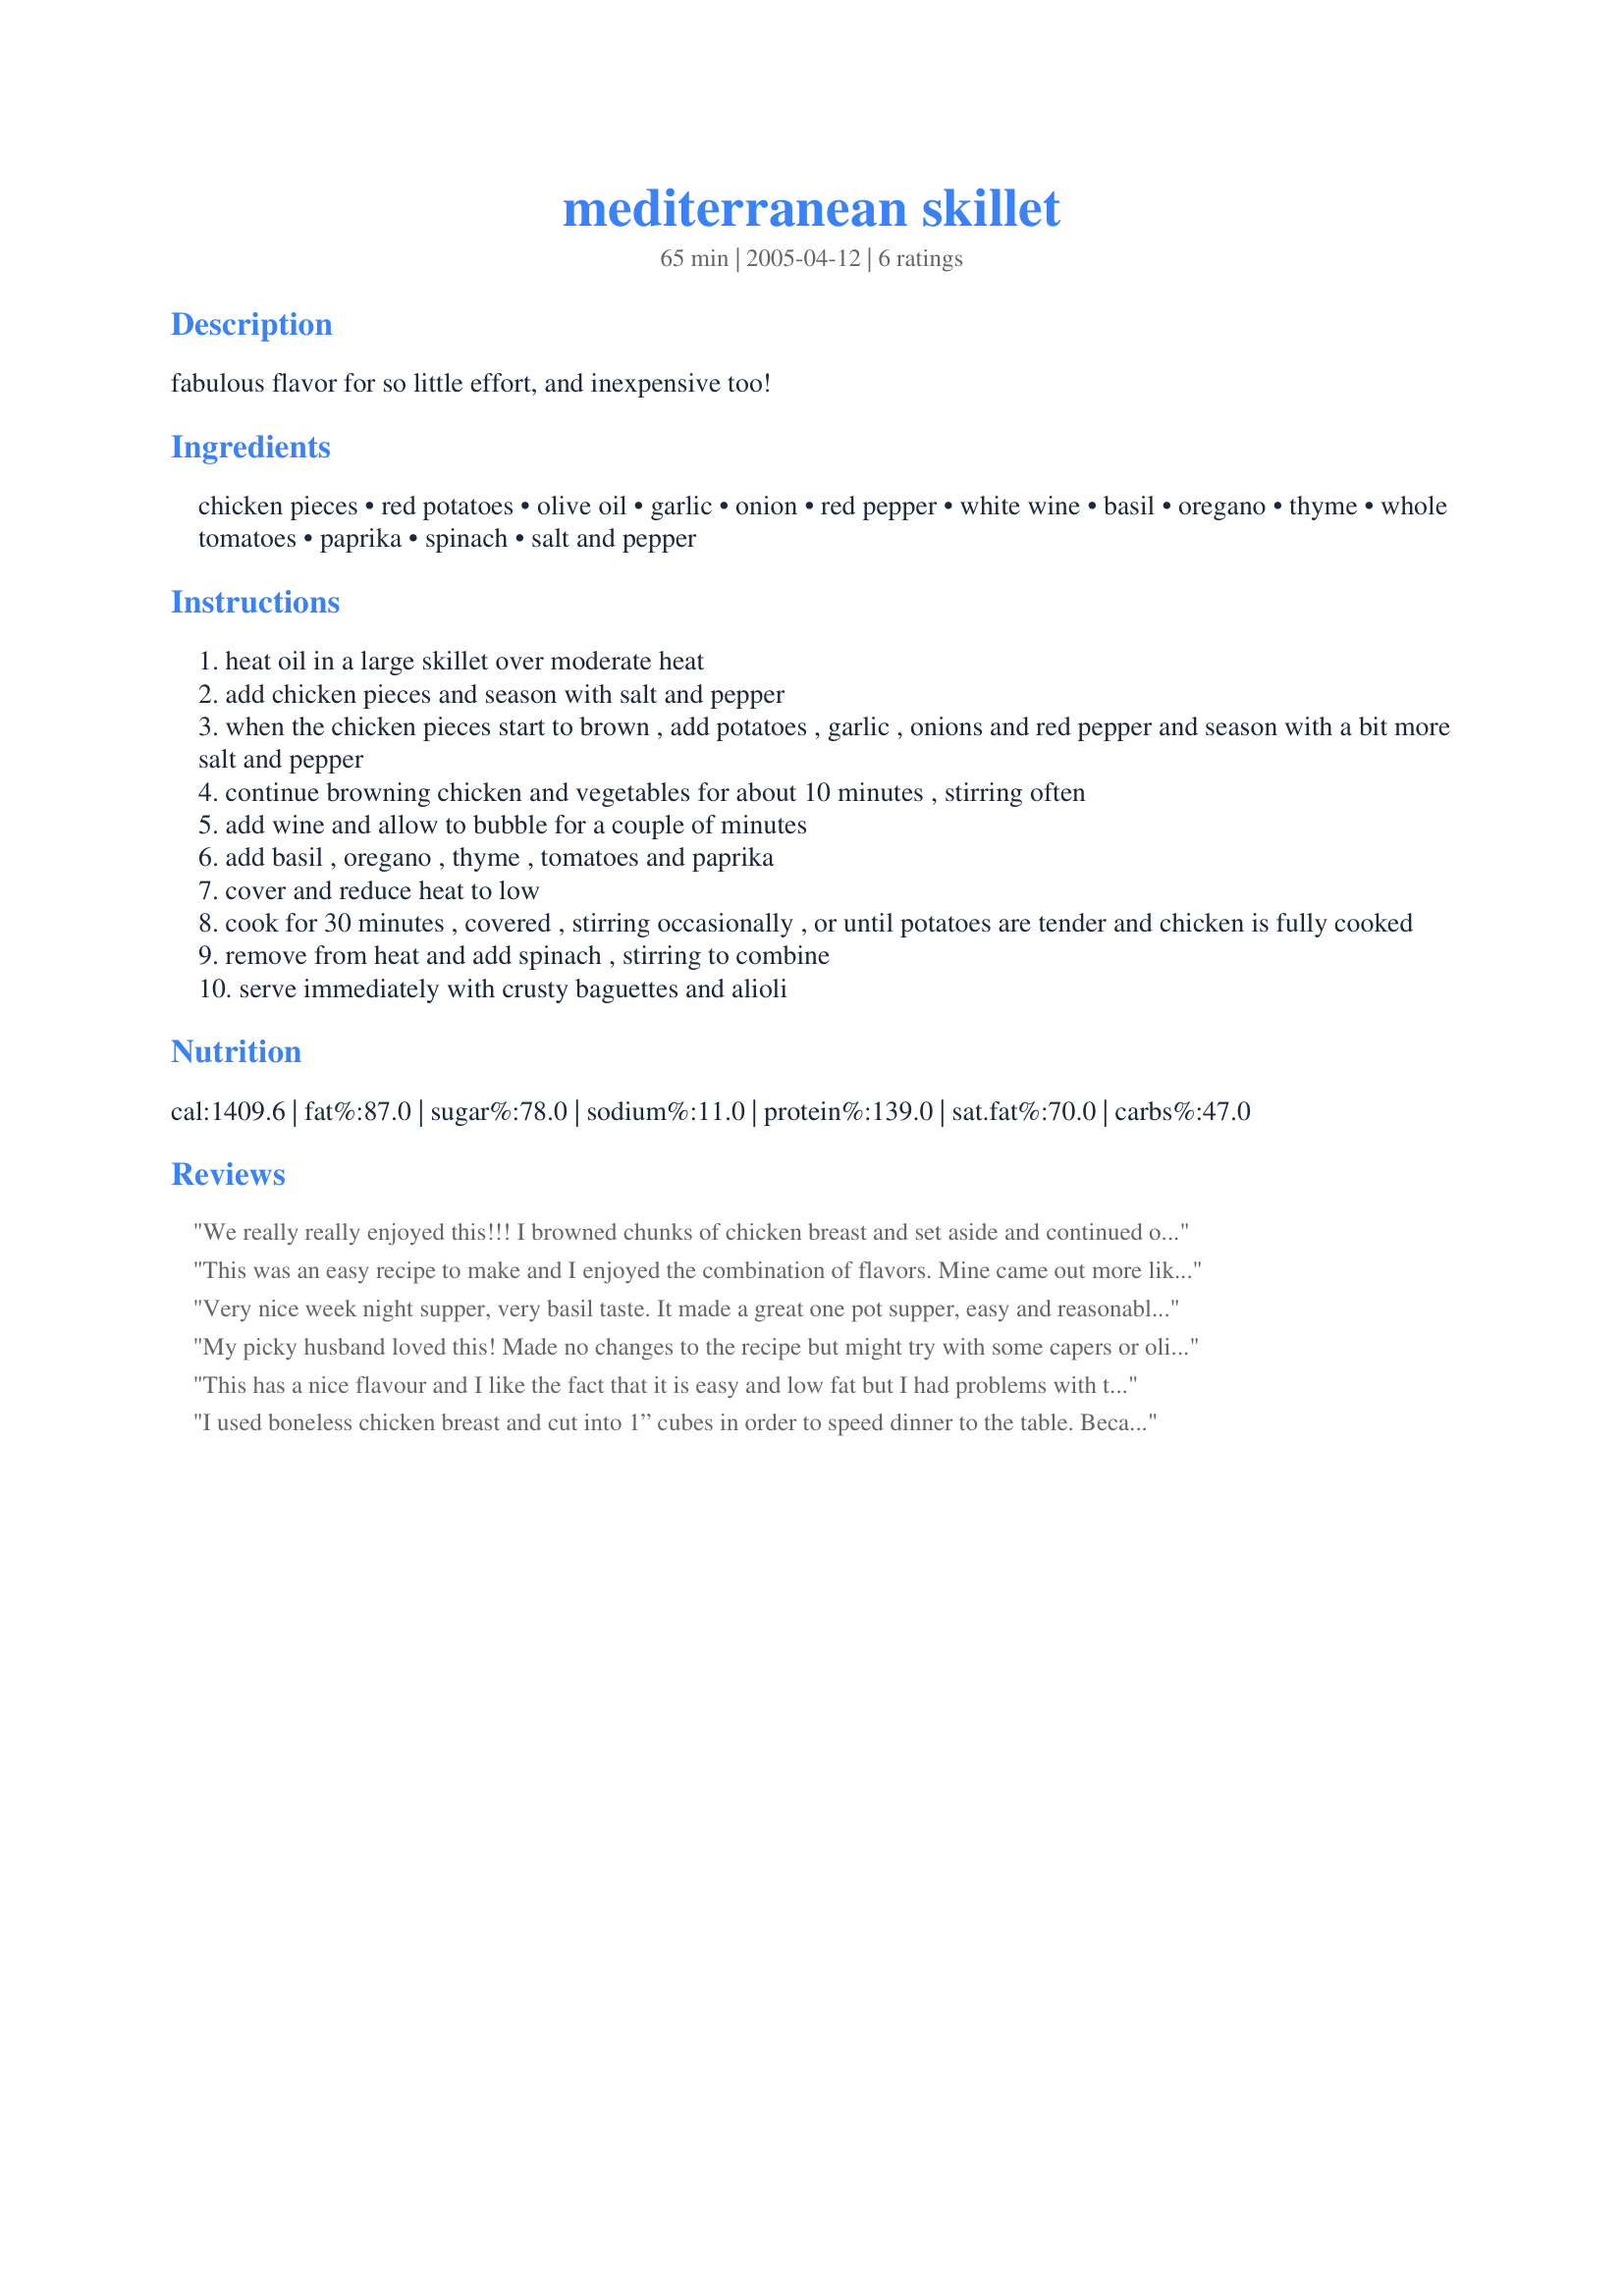
mediterranean skillet
Preparation time: 65 minutes

fabulous flavor for so little effort, and inexpensive too!

Ingredients:
chicken pieces, red potatoes, olive oil, garlic, onion, red pepper, white wine, basil, oregano, thyme, whole tomatoes, paprika, spinach, salt and pepper

Steps:
heat oil in a large skillet over moderate heat
add chicken pieces and season with salt and pepper
when the chicken pieces start to brown , add potatoes , garlic , onions and red pepper and season with a bit more salt and pepper
continue browning chicken and vegetables for about 10 minutes , stirring often
add wine and allow to bubble for a couple of minutes
add basil , oregano , thyme , tomatoes and paprika
cover and reduce heat to low
cook for 30 minutes , covered , stirring occasionally , or until potatoes are tender and chicken is fully cooked
remove from heat and add spinach , stirring to combine
serve immediately with crusty baguettes and alioli

Reviews:
We really really enjoyed this!!! I browned chunks of chicken breast and set aside and continued on with the recipe as written. I returned the chicken breasts to the pot and let gently simmer for the last 10 minutes of cooking time so the chicken wouldn't be dry and overcooked. Served with some bread...we will be making this one again! Thanks!
This was an easy recipe to make and I enjoyed the combination of flavors. Mine came out more like a stew. I served it with some crusty artisan bread as recommended.
Very nice week night supper, very basil taste. It made a great one pot supper, easy and reasonabley quick. I used chicken legs and made sure they were well browned before adding the other ingredients resulting in fall off the bone chicken with good taste. The spinach was a nice touch to finish. We would make this again, thanks for sharing and good luck in the contest.
My picky husband loved this! Made no changes to the recipe but might try with some capers or olives next time. Not only was it delicious but the colorful vegetables made for a nice presentation. A definite make again!
This has a nice flavour and I like the fact that it is easy and low fat but I had problems with the potato not cooking. After an hour the potato pieces were still very hard so I removed them and microwaved them for a few minutes. The chicken was ready after about 30 minutes and was very tender. I would recommend partially cooking the potato first to ensure it cooks through.
I used boneless chicken breast and cut into 1” cubes in order to speed dinner to the table. Because I was using smaller pieces of chicken, I decreased the oil to 2T and that was almost too much. The seasonings in this were excellent & the aroma out of this world. A great comfort type dinner!! I thought the flavor was a good blend of the seasonings and that the wine added depth to this dish. I did have to add ½ cup of chicken broth to finish the cooking, but am sure it was because the size of the chicken not producing any moisture. This also has an eye pleasing appearance. All in all, something I will make again! Thanks!!!
